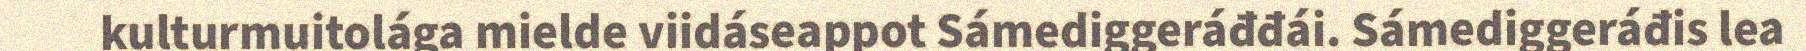
kulturmuitolága mielde viidáseappot Sámediggeráđđái. Sámediggeráđis lea